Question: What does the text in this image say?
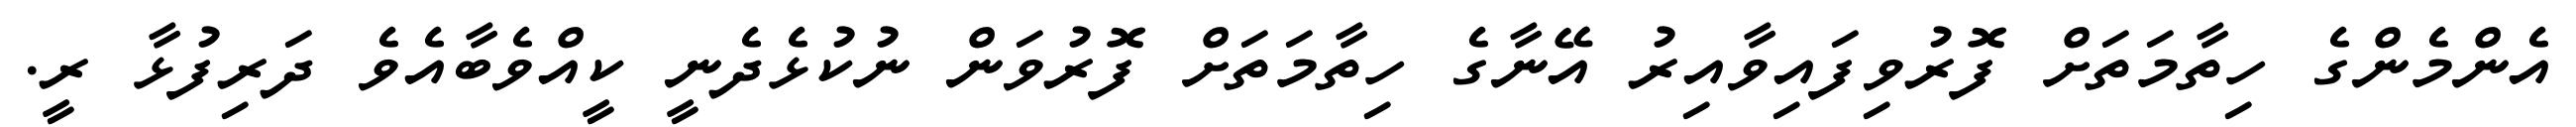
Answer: އެންމެންގެ ހިތާމަތަށް ފޮރުވިފައިވާއިރު އޭނާގެ ހިތާމަތަށް ފޮރުވަން ނުކުޅެދެނީ ކީއްވެބާއެވެ ދަރިފުޅާ ރީ.